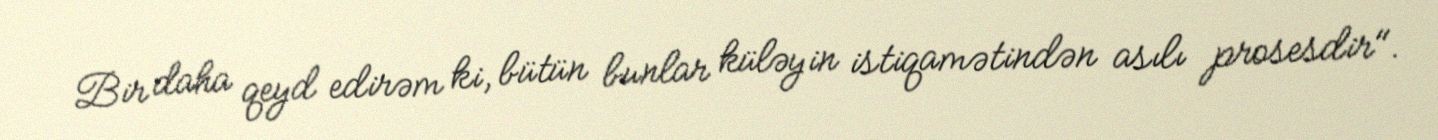
Bir daha qeyd edirəm ki, bütün bunlar küləyin istiqamətindən asılı prosesdir".